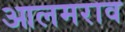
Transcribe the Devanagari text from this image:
आलमराव